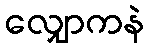
လျှောကနဲ